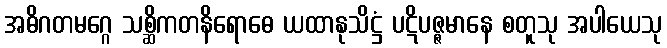
အဓိဂတမဂ္ဂေ သစ္ဆိကတနိရောဓေ ယထာနုသိဋ္ဌံ ပဋိပဇ္ဇမာနေ စတူသု အပါယေသု